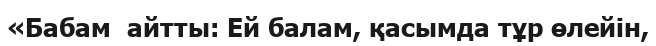
«Бабам  айтты: Ей балам, қасымда тұр өлейін,